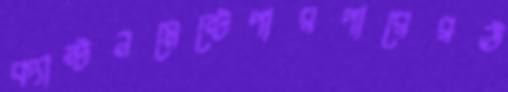
ক্যান্টনমেন্টেপারপারেরঊ